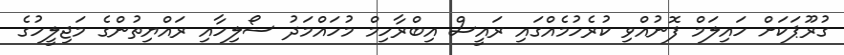
ގުރޫޕަކަށް ހައިލަމް ފޮނުއްވި ކުރެހުމެއްގައި ރައީސް އިބްރާހިމް މުހައްމަދު ސޯލިހާއި ރައްޔިތުންގެ މަޖިލީހުގެ